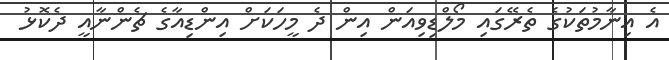
އެ އިނާމުތަކުގެ ތެރޭގައި މޯލްޑިވިއަން އިން ދެ މީހަކަށް އިންޑިއާގެ ޗެންނާއީ ދެކޮޅު